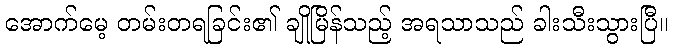
အောက်မေ့ တမ်းတရခြင်း၏ ချိုမြိန်သည့် အရသာသည် ခါးသီးသွားပြီ။